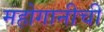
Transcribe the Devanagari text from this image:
महोगानीची